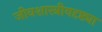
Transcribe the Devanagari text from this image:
जीवशास्त्रीयदृष्ट्या